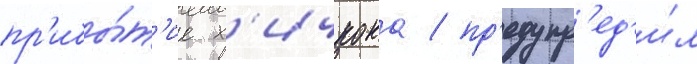
пр'ибы́т'ие х'ичкока / пр'едупр'ед'и́л